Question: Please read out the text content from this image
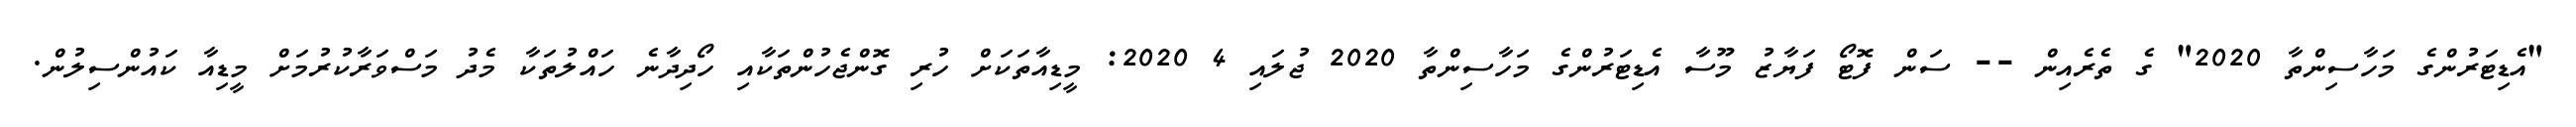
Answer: "އެޑިޓަރުންގެ މަހާސިންތާ 2020" ގެ ތެރެއިން -- ސަން ފޮޓޯ ފަޔާޒު މޫސާ އެޑިޓަރުންގެ މަހާސިންތާ 2020 ޖުލައި 4 2020: މީޑިއާތަކަށް ހުރި ގޮންޖެހުންތަކާއި ހޯދިދާނެ ހައްލުތަކާ މެދު މަސްވަރާކުރުމަށް މީޑިއާ ކައުންސިލުން.